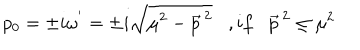
p _ { 0 } = \pm i { \omega } ^ { ' } = \pm i \sqrt { { \mu } ^ { 2 } - { \vec { p } } ^ { \, 2 } } , i f { \vec { p } } ^ { \, 2 } \leq { \mu } ^ { 2 }